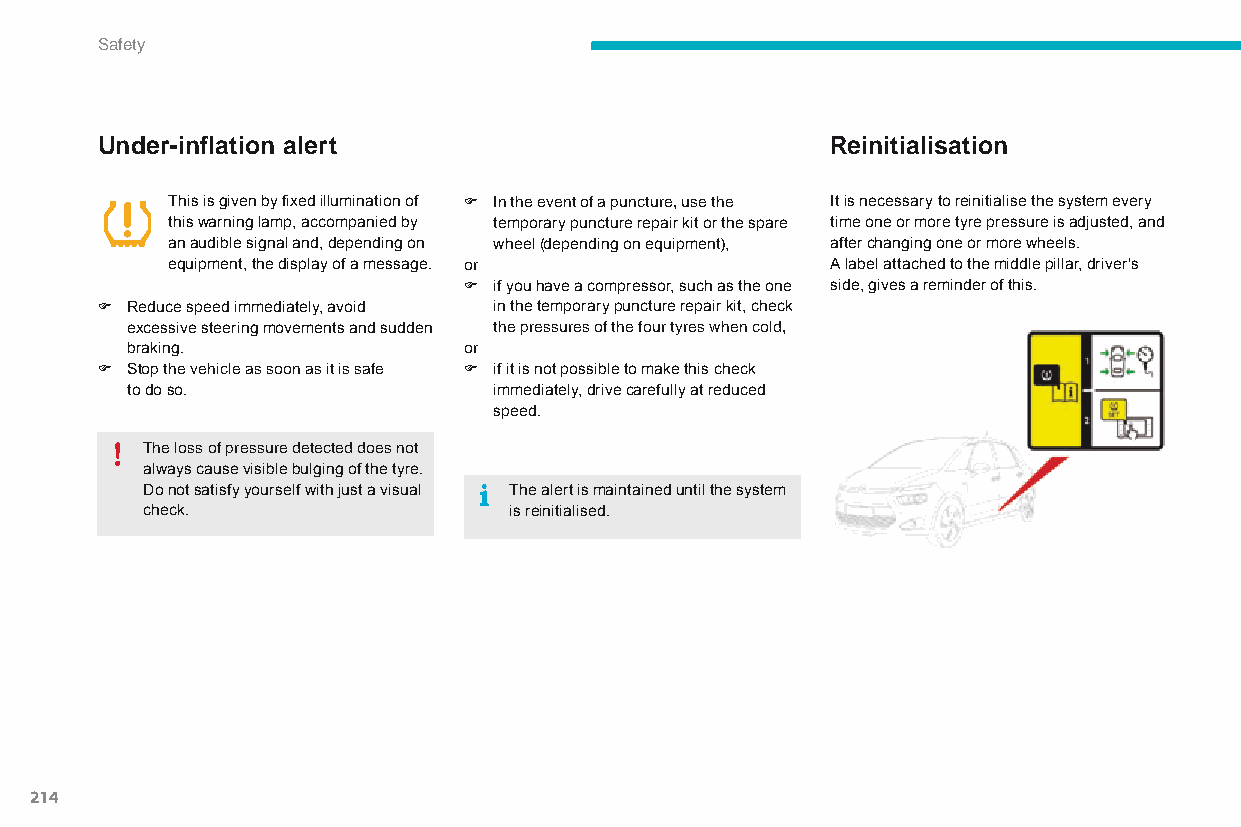
Safety
 Under-inflation alert                            Reinitialisation
 This is given by fixed illumination of F In the event of a puncture, use the It is necessary to reinitialise the system every
 this warning lamp, accompanied by temporary puncture repair kit or the spare time one or more tyre pressure is adjusted, and
 an audible signal and, depending on wheel (depending on equipment), after changing one or more wheels.
 equipment, the display of a message. or     A label attached to the middle pillar, driver's
 F if you have a compressor, such as the one side, gives a reminder of this.
 F Reduce speed immediately, avoid in the temporary puncture repair kit, check
 excessive steering movements and sudden the pressures of the four tyres when cold,
 braking.               or
 F Stop the vehicle as soon as it is safe F if it is not possible to make this check
 to do so.                immediately, drive carefully at reduced
 speed.
 The loss of pressure detected does not
 always cause visible bulging of the tyre.
 Do not satisfy yourself with just a visual The alert is maintained until the system
 check.                   is reinitialised.
 214
 C4-Picasso-II_en_Chap06_securite_ed01-2015